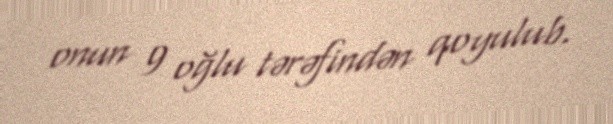
onun 9 oğlu tərəfindən qoyulub.